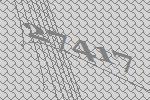
27417